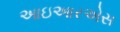
આઇઆરએસ